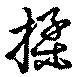
揉